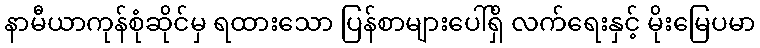
နာမီယာကုန်စုံဆိုင်မှ ရထားသော ပြန်စာများပေါ်ရှိ လက်ရေးနှင့် မိုးမြေပမာ